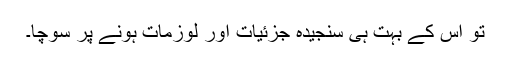
تو اس کے بہت ہی سنجیدہ جزئیات اور لوزمات ہونے پر سوچا۔